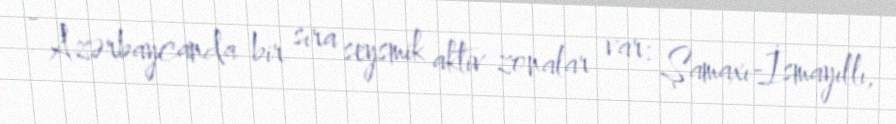
- Azərbaycanda bir sıra seysmik aktiv zonalar var: Şamaxı-İsmayıllı,